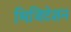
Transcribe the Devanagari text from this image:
भिजिटेशन